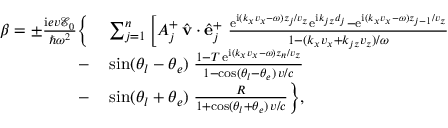
\begin{array} { r l } { \beta = \pm \frac { \mathrm { i } e v \mathcal { E } _ { 0 } } { \hbar \omega ^ { 2 } } \bigg \{ } & { { } \sum _ { j = 1 } ^ { n } \bigg [ A _ { j } ^ { + } \, \hat { \bf v } \cdot \hat { \bf e } _ { j } ^ { + } \; \frac { \mathrm { e } ^ { \mathrm { i } ( k _ { x } v _ { x } - \omega ) z _ { j } / v _ { z } } \mathrm { e } ^ { \mathrm { i } k _ { j z } d _ { j } } - \mathrm { e } ^ { \mathrm { i } ( k _ { x } v _ { x } - \omega ) z _ { j - 1 } / v _ { z } } } { 1 - ( k _ { x } v _ { x } + k _ { j z } v _ { z } ) / \omega } } \\ { - } & { { } \sin ( \theta _ { l } - \theta _ { e } ) \; \frac { 1 - T \, \mathrm { e } ^ { \mathrm { i } ( k _ { x } v _ { x } - \omega ) z _ { n } / v _ { z } } } { 1 - \cos ( \theta _ { l } - \theta _ { e } ) \, v / c } } \\ { - } & { { } \sin ( \theta _ { l } + \theta _ { e } ) \; \frac { R } { 1 + \cos ( \theta _ { l } + \theta _ { e } ) \, v / c } \bigg \} , } \end{array}